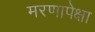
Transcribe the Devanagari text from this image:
मरणापेक्षा